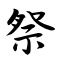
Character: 祭